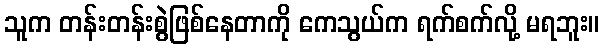
သူက တန်းတန်းစွဲဖြစ်နေတာကို ကေသွယ်က ရက်စက်လို့ မရဘူး။